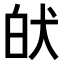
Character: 𤝡